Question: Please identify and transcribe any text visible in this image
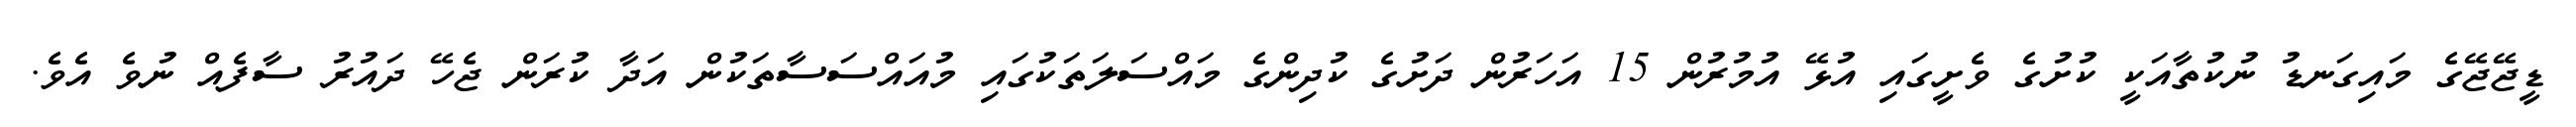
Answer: ޑީޖޭޖޭގެ މައިގަނޑު ނުކުތާއަކީ ކުށުގެ ވެށީގައި އުޅޭ އުމުރުން 15 އަހަރުން ދަށުގެ ކުދިންގެ މައްސަލަތަކުގައި މުއައްސަސާތަކުން އަދާ ކުރަން ޖެހޭ ދައުރު ސާފެއް ނުވެ އެވެ.